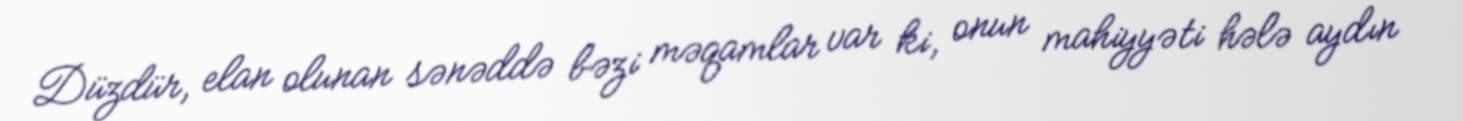
Düzdür, elan olunan sənəddə bəzi məqamlar var ki, onun mahiyyəti hələ aydın